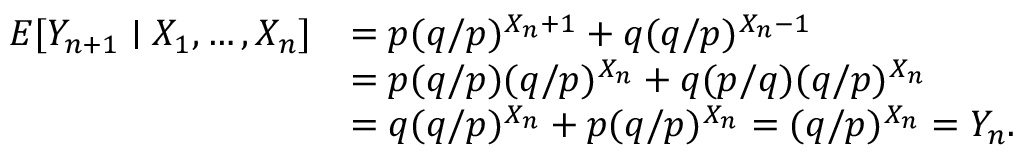
{ \begin{array} { r l } { E [ Y _ { n + 1 } \mid X _ { 1 } , \dots , X _ { n } ] } & { = p ( q / p ) ^ { X _ { n } + 1 } + q ( q / p ) ^ { X _ { n } - 1 } } \\ & { = p ( q / p ) ( q / p ) ^ { X _ { n } } + q ( p / q ) ( q / p ) ^ { X _ { n } } } \\ & { = q ( q / p ) ^ { X _ { n } } + p ( q / p ) ^ { X _ { n } } = ( q / p ) ^ { X _ { n } } = Y _ { n } . } \end{array} }